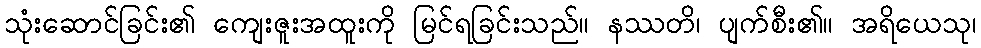
သုံးဆောင်ခြင်း၏ ကျေးဇူးအထူးကို မြင်ရခြင်းသည်။ နဿတိ၊ ပျက်စီး၏။ အရိယေသု၊